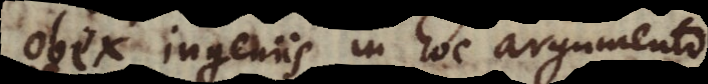
obex ingeniis in hoc argument